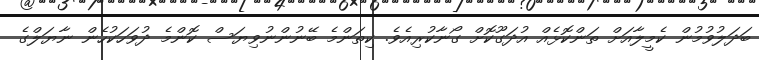
ބަދަލުވުމުން ކެމީލާއަށް ތަންކޮޅެއް އުދަގޫކޮށް ގޯނާކުރިއެވެ. ކިތަންމެ ބޭނުންނުވިޔަސް ކޮންމެ ދުވަހަކުހެން ނާޔަލްގެ